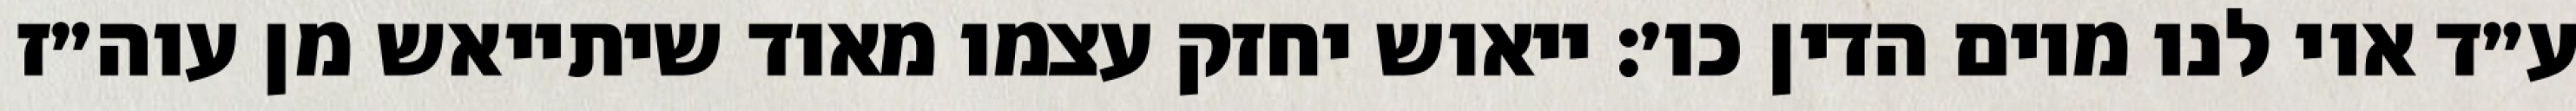
ע״ד אוי לנו מיום הדין כו׳: ייאוש יחזק עצמו מאוד שיתייאש מן עוה״ז